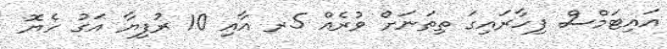
އައިޓަމްސް ފިހާރައިގަ ތިތަނަށް ވުރެއް 5ރ އާއި 10 ރުފިޔާ އަގު ހެޔޮ